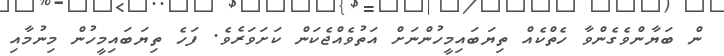
ން ބަޔާންވެގެންވާ ހެތްކެއް ތިޔަބައިމީހުންނަށް އަތުވެއްޖެކަން ކަށަވަރެވެ. ފަހެ ތިޔަބައިމީހުން މިނުމާއި